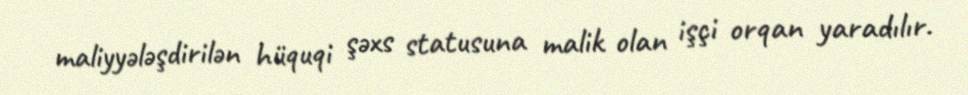
maliyyələşdirilən hüquqi şəxs statusuna malik olan işçi orqan yaradılır.